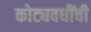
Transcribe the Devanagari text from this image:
कोट्यवधींची